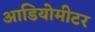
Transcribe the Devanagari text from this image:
आडियोमीटर